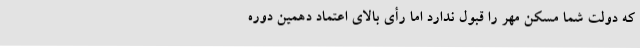
که دولت شما مسکن مهر را قبول ندارد اما رأی بالای اعتماد دهمین دوره